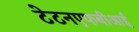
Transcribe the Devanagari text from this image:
टेटनएफबीआई